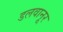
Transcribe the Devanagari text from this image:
डलवानूर